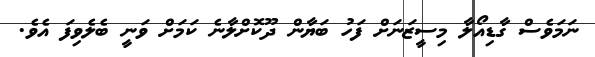
ނަމަވެސް ގާޑިއޯލާ މިސީޒަނަށް ފަހު ބަޔާން ދޫކޮށްލާނެ ކަމަށް ވަނީ ބެލެވިފަ އެވެ.